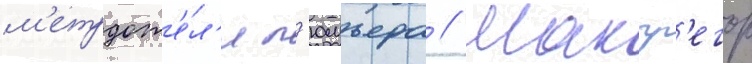
м'етрдот'е́л'я л'юмьера // Макгр'егор